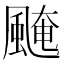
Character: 𩗷